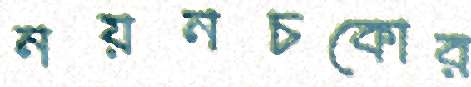
নয়নচকোর